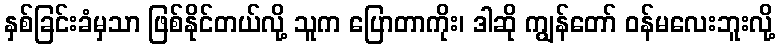
နှစ်ခြင်းခံမှသာ ဖြစ်နိုင်တယ်လို့ သူက ပြောတာကိုး၊ ဒါဆို ကျွန်တော် ဝန်မလေးဘူးလို့